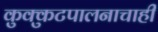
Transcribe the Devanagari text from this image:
कुक्कुटपालनाचाही